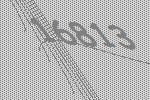
16813